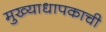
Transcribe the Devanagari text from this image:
मुख्याधापकाची